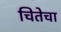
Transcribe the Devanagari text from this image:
चितेचा